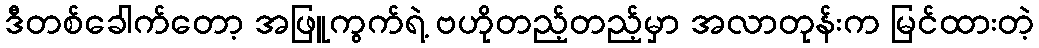
ဒီတစ်ခေါက်တော့ အဖြူကွက်ရဲ့ ဗဟိုတည့်တည့်မှာ အလာတုန်းက မြင်ထားတဲ့